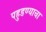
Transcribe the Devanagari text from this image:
पहुडण्याचा